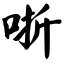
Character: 哳